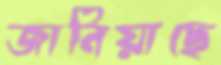
জানিয়াছে